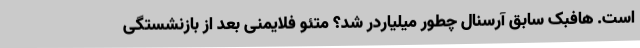
است. هافبک سابق آرسنال چطور میلیاردر شد؟ متئو فلایمنی بعد از بازنشستگی